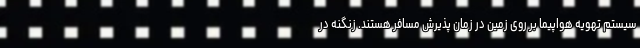
سیستم تهویه هواپیما بر روی زمین در زمان پذیرش مسافر هستند. زنگنه در